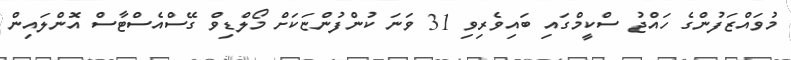
މުވައްޒަފުންގެ ހައްޖު ސްކީމްގައި ބައިވެރިވި 31 ވަނަ ކުންފުންޏަކަށް މޯލްޑިވް ގޭސްއެސްޓާސް އޮންލައިން